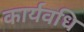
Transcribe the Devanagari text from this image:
कार्यवधि